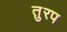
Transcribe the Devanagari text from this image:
तुरप